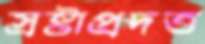
স্রষ্টাপ্রদত্ত